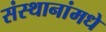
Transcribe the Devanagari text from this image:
संस्थानांमधे